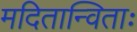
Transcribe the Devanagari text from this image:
मदितान्विताः